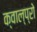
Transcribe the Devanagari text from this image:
क्वाल्प्रो